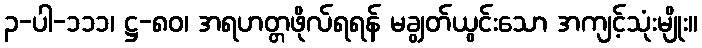
၃-ပါ-၁၁၁၊ ဋ္ဌ-၈၀၊ အရဟတ္တဖိုလ်ရရန် မချွတ်ယွင်းသော အကျင့်သုံးမျိုး။